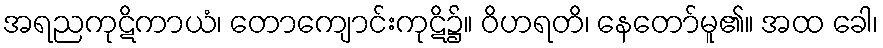
အရညကုဋိကာယံ၊ တောကျောင်းကုဋိ၌။ ဝိဟရတိ၊ နေတော်မူ၏။ အထ ခေါ၊